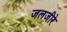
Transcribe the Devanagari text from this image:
जलजीरे